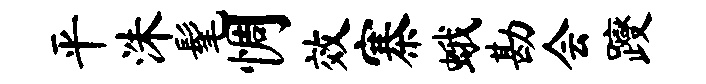
平洙髦惆效寨蛾勘会躞